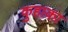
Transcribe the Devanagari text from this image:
कुहाका